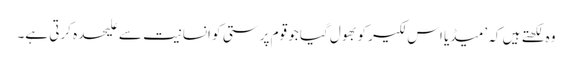
وہ لکھتے ہیں کہ ’میڈیا اس لکیر کو بھول گیا جو قوم پرستی کو انسانیت سے علیحدہ کرتی ہے۔